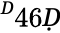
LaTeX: ^Ḋ46Ḍ